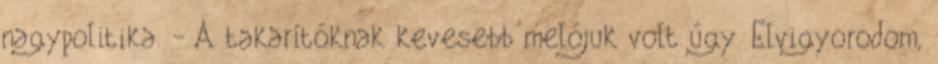
nagypolitika. - A takarítóknak kevesebb melójuk volt úgy. Elvigyorodom,